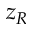
z _ { R }